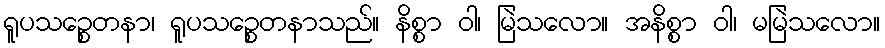
ရူပသဉ္စေတနာ၊ ရူပသဉ္စေတနာသည်။ နိစ္စာ ဝါ၊ မြဲသလော။ အနိစ္စာ ဝါ၊ မမြဲသလော။